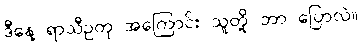
ဒီနေ့ ရာသီဥတု အကြောင်း သူတို့ ဘာ ပြောလဲ။